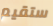
ستقيم